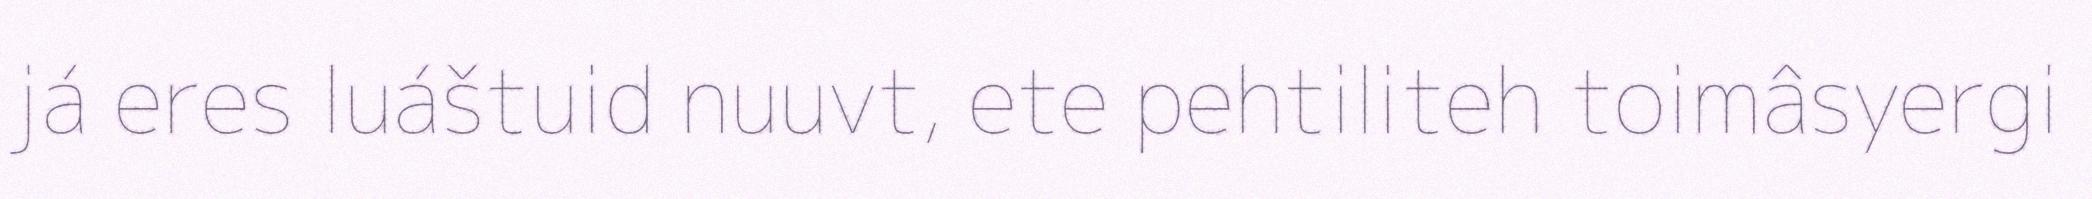
já eres luáštuid nuuvt, ete pehtiliteh toimâsyergi